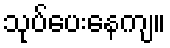
သုပ်ပေးနေကျ။